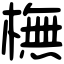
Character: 橅